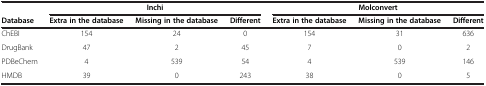
<table><thead><tr><td><b> </b></td><td colspan="3"><b>Inchi</b></td><td colspan="3"><b>Molconvert</b></td></tr><tr><td><b>Database</b></td><td><b>Extra in the database</b></td><td><b>Missing in the database</b></td><td><b>Different</b></td><td><b>Extra in the database</b></td><td><b>Missing in the database</b></td><td><b>Different</b></td></tr></thead><tbody><tr><td>ChEBI</td><td>154</td><td>24</td><td>0</td><td>154</td><td>31</td><td>636</td></tr><tr><td>DrugBank</td><td>47</td><td>2</td><td>45</td><td>7</td><td>0</td><td>2</td></tr><tr><td>PDBeChem</td><td>4</td><td>539</td><td>54</td><td>4</td><td>539</td><td>146</td></tr><tr><td>HMDB</td><td>39</td><td>0</td><td>243</td><td>38</td><td>0</td><td>5</td></tr></tbody></table>